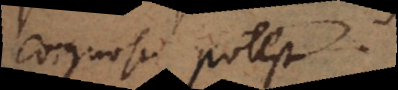
cognosci potest.